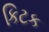
કિટક